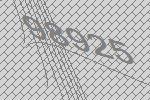
98925